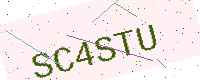
Text: SC4STU